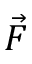
\vec { F }